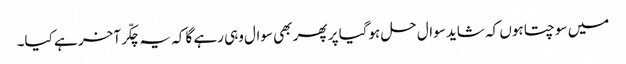
میں سوچتا ہوں کہ شاید سوال حل ہوگیا پر پھر بھی سوال وہی رہے گا کہ یہ چکّر آخر ہے کیا۔